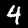
Label: 4